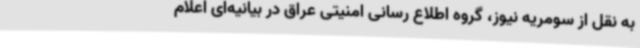
به نقل از سومریه نیوز، گروه اطلاع رسانی امنیتی عراق در بیانیه‌ای اعلام